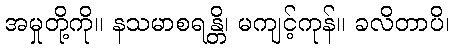
အမှုတို့ကို။ နသမာစရန္တိ၊ မကျင့်ကုန်။ ခလိတာပိ၊